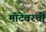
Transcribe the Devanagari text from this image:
मोटेवरची